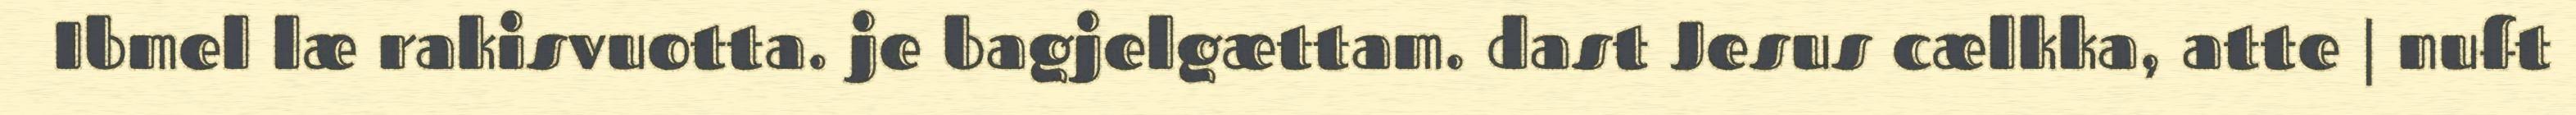
Ibmel læ rakisvuotta. je bagjelgættam. dast Jesus cælkka, atte | nuft